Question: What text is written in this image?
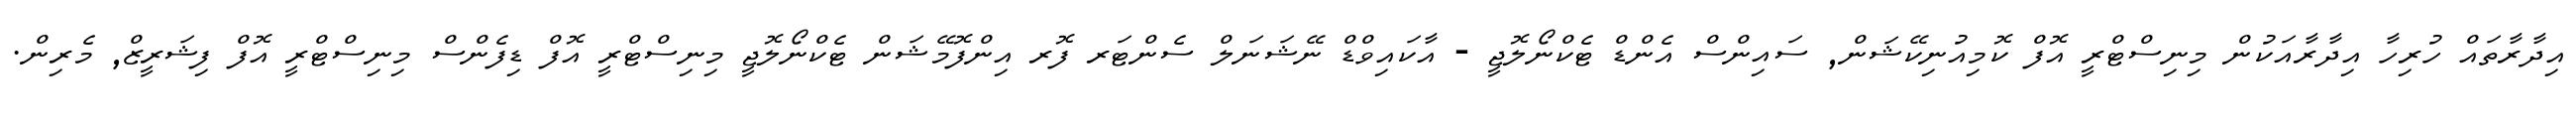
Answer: އިދާރާތައް ހުރިހާ އިދާރާއަކުން މިނިސްޓްރީ އޮފް ކޮމިއުނިކޭޝަން, ސައިންސް އެންޑް ޓެކްނޯލޮޖީ - އާކައިވްޑް ނޭޝަނަލް ސެންޓަރ ފޮރ އިންފޮމޭޝަން ޓެކްނޯލޮޖީ މިނިސްޓްރީ އޮފް ޑިފެންސް މިނިސްޓްރީ އޮފް ފިޝަރީޒް, މެރިން.